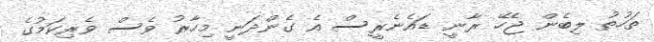
ތަހުތު ލިބެން ޖެހޭ ރާނީ ޑައެނެރީސް އެ ގެންދަނީ މިހާރު ވެސް ވެރިކަމުގެ